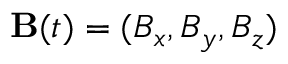
{ \bf B } ( t ) = ( B _ { x } , B _ { y } , B _ { z } )